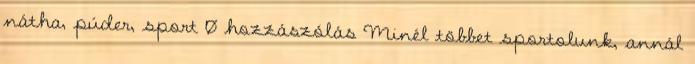
nátha, púder, sport 0 hozzászólás Minél többet sportolunk, annál